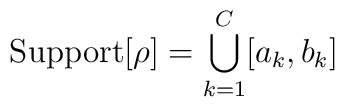
{\rm Support}[\rho] = \bigcup_{k=1}^{C} [a_{k},b_{k}]